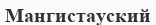
Мангистауский